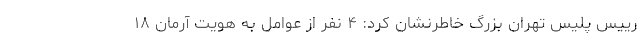
رییس پلیس تهران بزرگ خاطرنشان کرد: ۴ نفر از عوامل به هویت آرمان ۱۸